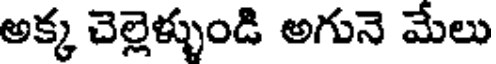
అక్క చెల్లెళ్ళుండి అగునె మేలు